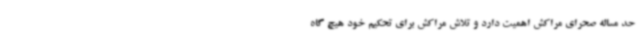
حد مساله صحرای مراکش اهمیت دارد و تلاش مراکش برای تحکیم خود هیچ گاه